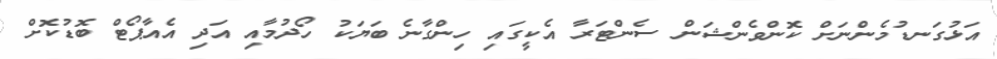
އަޅުގަނޑުމެންނަށް ކޮންވެންޝަން ސެންޓަރާ އެކީގައި ހިންގާނެ ބަޔަކު ހޯދުމާއި އަދި އެއާޕޯޓް ބޮޑުކޮށް